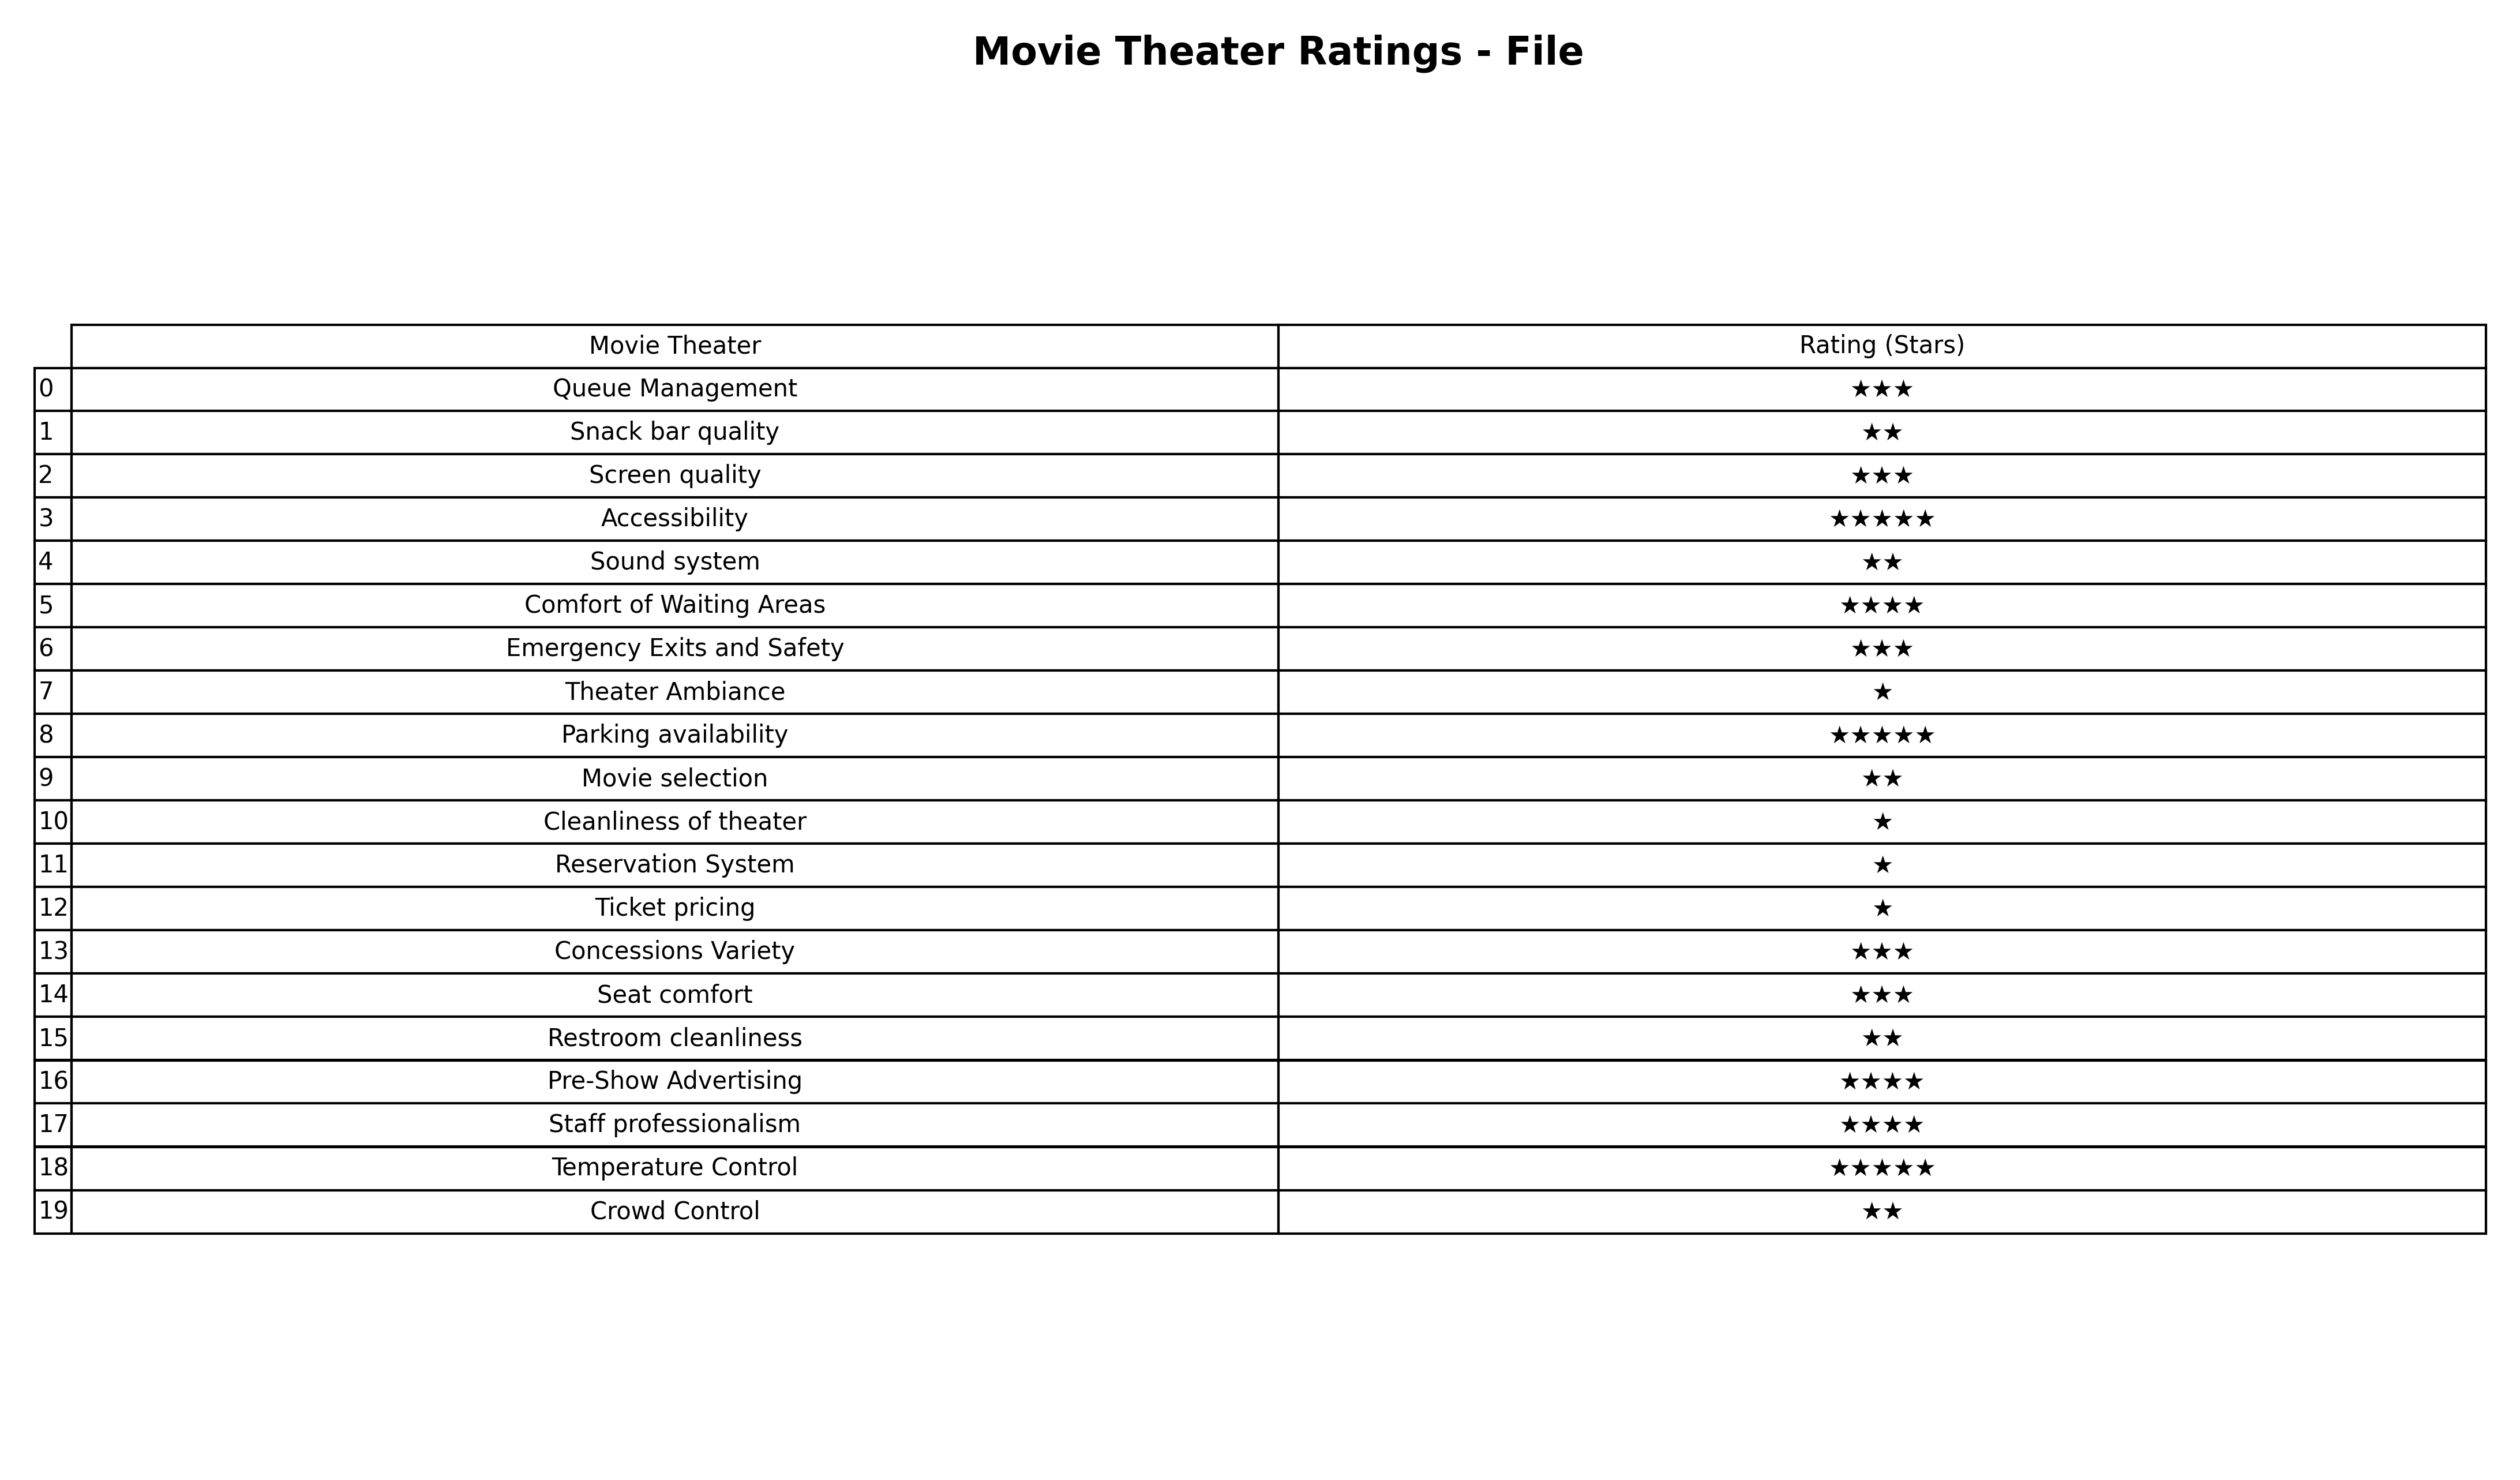
question: What is the rating of Sound system?
answer: ★★